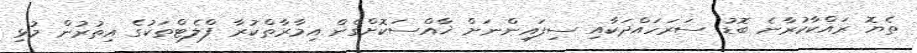
ތެޔޮ ރައްކާކުރާނެ ބޮޑު ސަރަހައްދަކާއި ސިފައިންނަށް ޚާއްސަކޮށްގެން އިމާރާތްކުރާ ފްލެޓްތަކުގެ އިތުރުން މުޅި